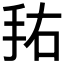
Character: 𰓏